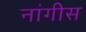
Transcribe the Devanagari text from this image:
नांगीस